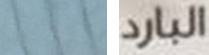
المشوية البارد